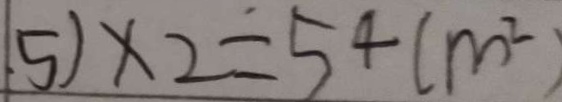
5 ) \times 2 = 5 4 ( m ^ { 2 } )